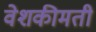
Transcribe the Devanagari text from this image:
वेशकीमती